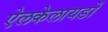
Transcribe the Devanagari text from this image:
ऐलकेलायडों